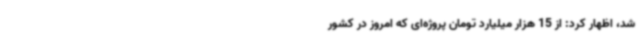
شد، اظهار کرد: از 15 هزار میلیارد تومان پروژه‌ای که امروز در کشور